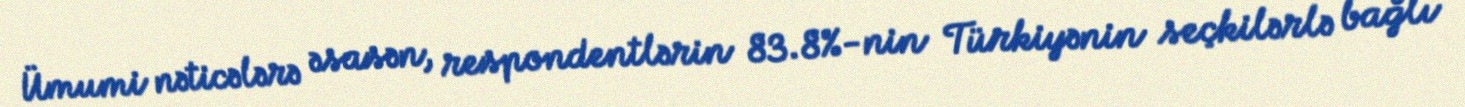
Ümumi nəticələrə əsasən, respondentlərin 83.8%-nin Türkiyənin seçkilərlə bağlı